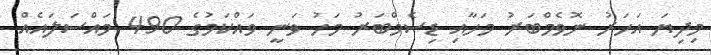
މިދިޔަ އަހަރު ނޮވެމްބަރު މަހާއި ޑިސެމްބަރު މަހު ވަނީ ވައްކަމުގެ 490 މައްސަލައެއް